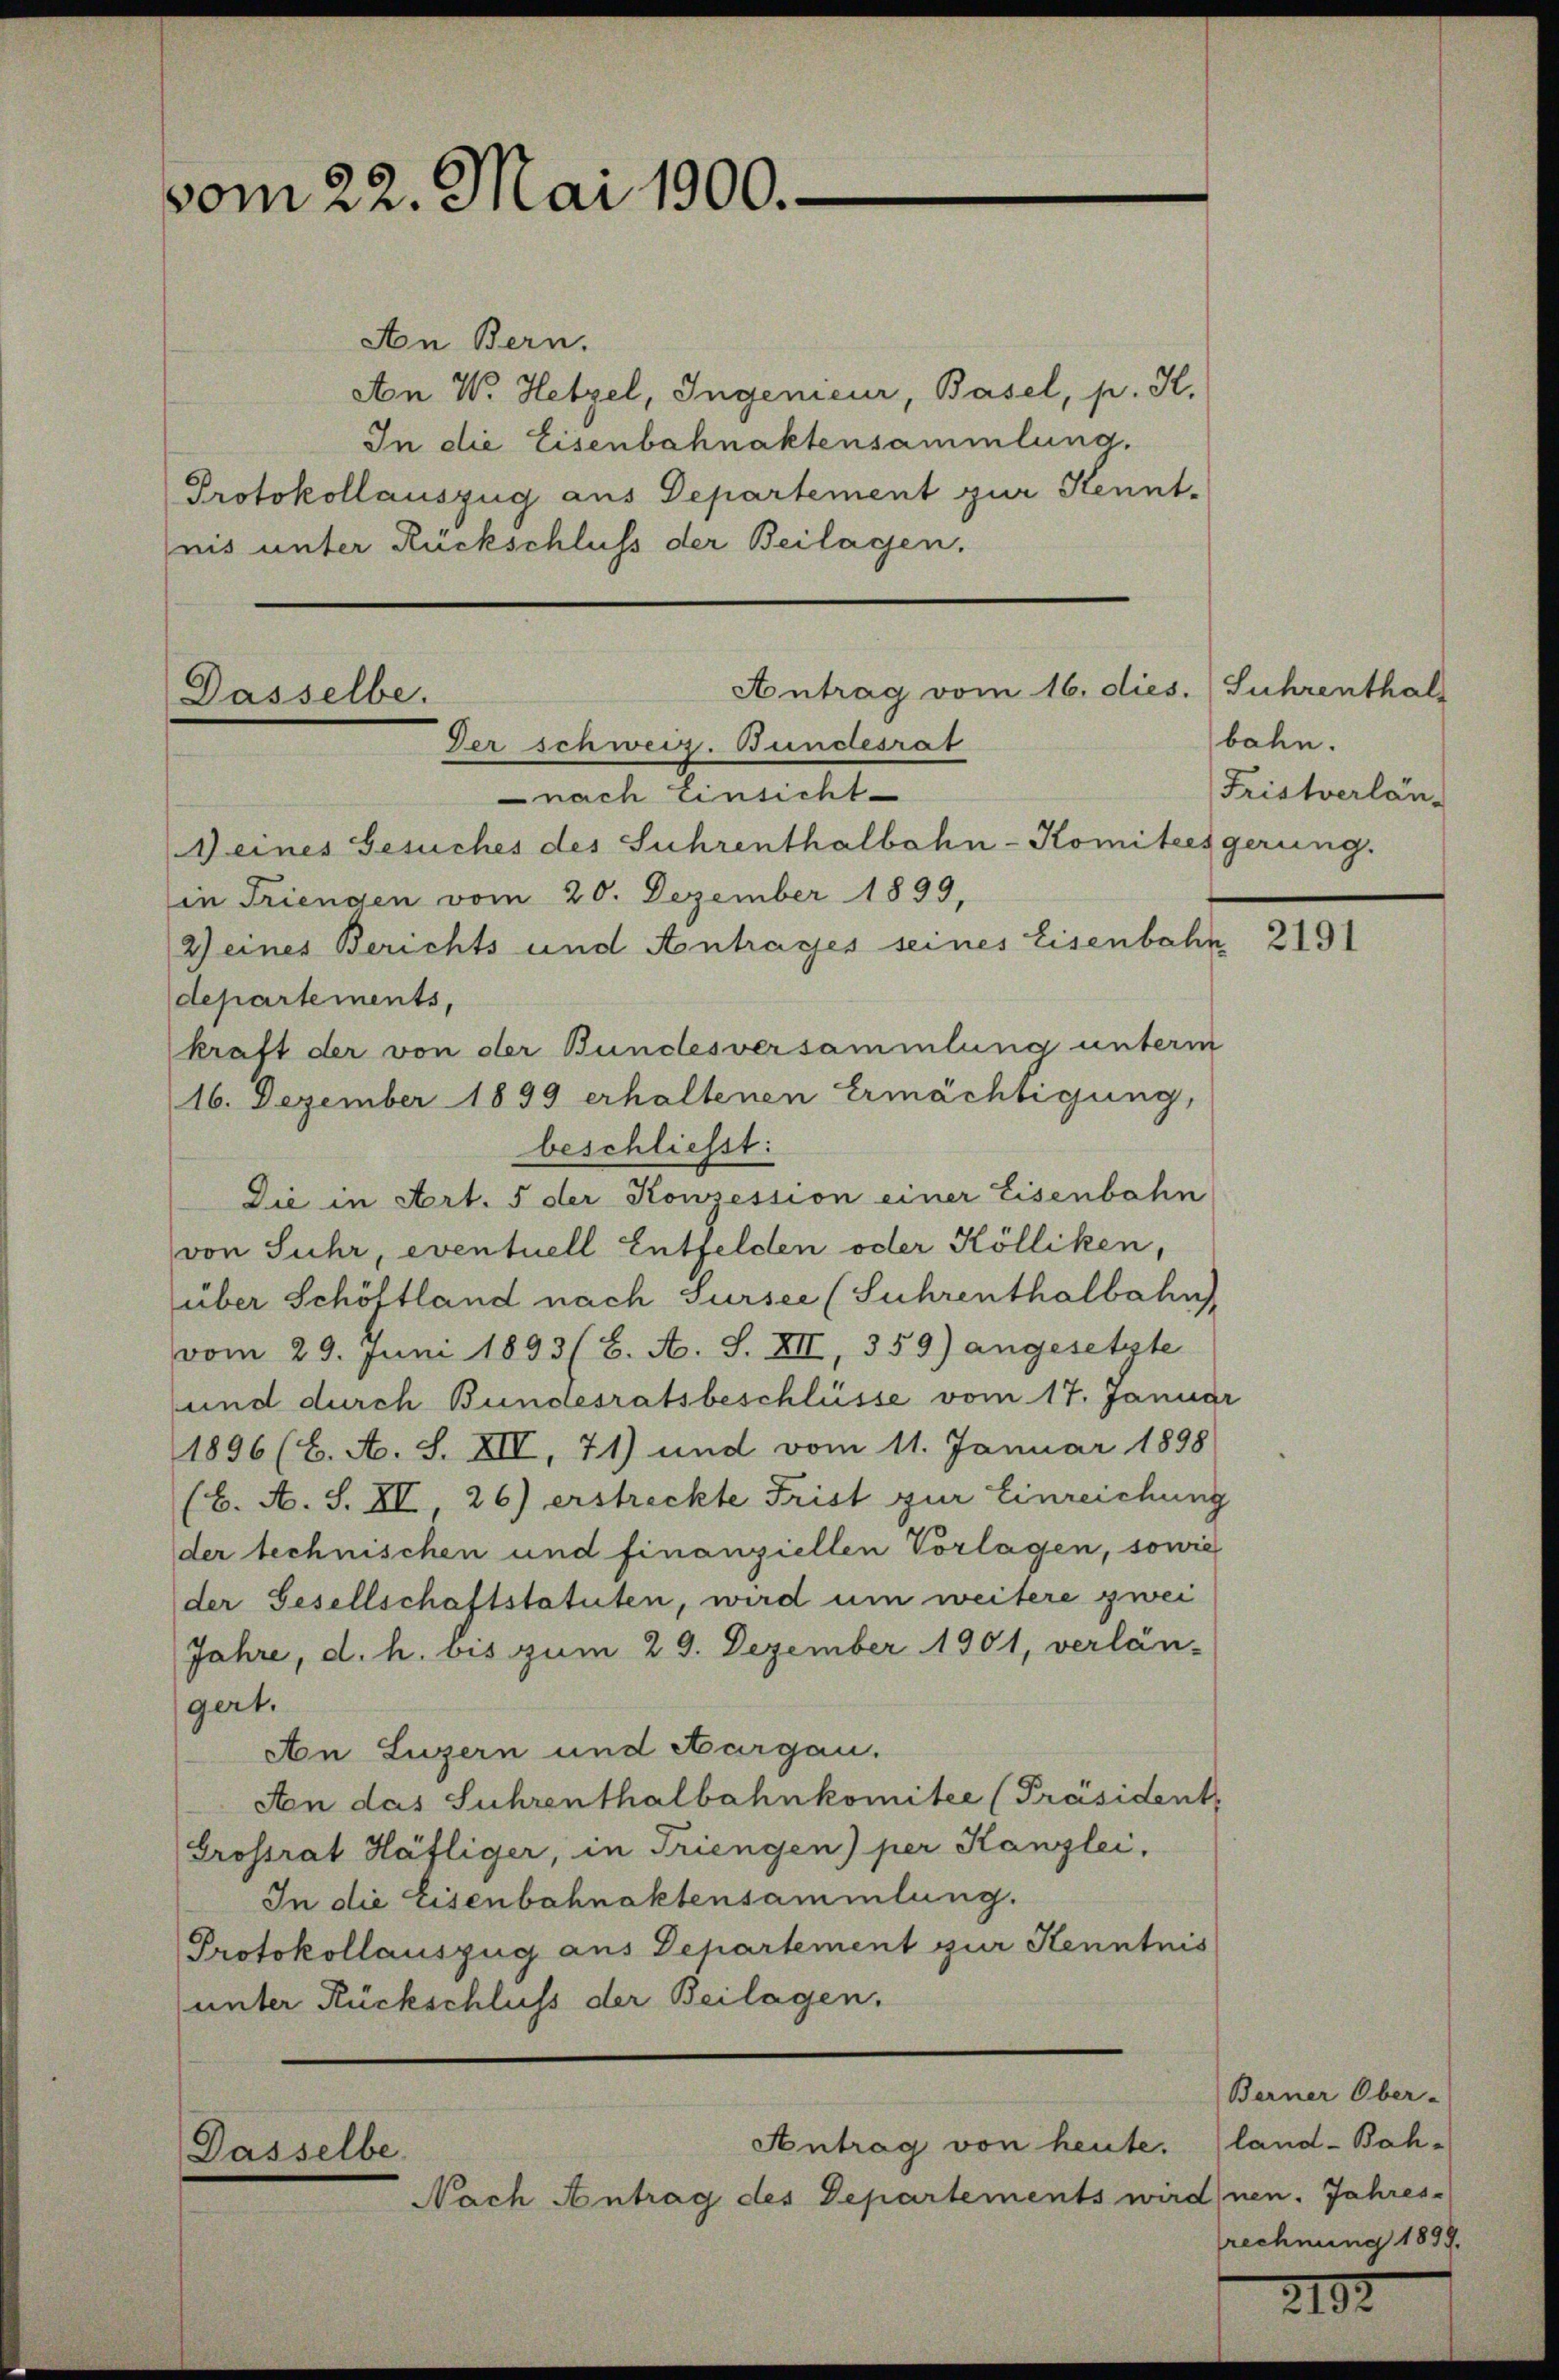
vom 22. Mai 1900.

An Bern.
An W. Hetzel, Ingenieur, Basel, p. K.
In die Eisenbahnaktensammlung.
Protokollauszug aus Departement zur Kenntnis unter Rückschluss der Beilagen.

Antrag vom 16. dies.
Dasselbe.
Der schweiz. Bundesrat
nach Einsicht
Zeines Gesuches des Suhrenthalbahn-Komitees gerung.

Antrag von heute.
Dasselbe.
Nach Antrag des Departements wird nen. Jahres-

in Triengen vom 20. Dezember 1899,
2) eines Berichts und Antrages seines Eisenbahn
departements,
kraft der von der Bundesversammlung unterm
16. Dezember 1899 erhaltenen Ermächtigung,
beschließt:
Die in Art. 5 der Konsession einer Eisenbahn
von Suhr, eventuell Entfelden oder Kölliken,
über Schöltland nach Sursee (Suhrenthalbahn
vom 29. Juni 1893 (6. A. S. XII, 359) angesetzte
und durch Bundesratsbeschlüsse vom 17. Januar
1896 (C. A. S. XII, 71) und vom 11. Januar 1898
(6. A. S. XI 26) erstreckte Frist zur Einreichung
der technischen und finanziellen Vorlagen, sowie
der Gesellschaftstatuten, wird um weitere zwei
Jahre, d. h. bis zum 29. Dezember 1901, verlän-
gert.
An Luzern und Aargau.
An das Suhrenthalbahnkomitee [Präsident,
Grossrat Häfliger, in Triengen) per Kanzlei,
In die Eisenbahnaktensammlung.
Protokollauszug aus Departement zur Kenntnis
unter Rückschluss der Beilagen,

Suhrenthal
bahn.
Fristverlän

2191

Berner Ober-
land-Boh-
rechnung 1899.

2192